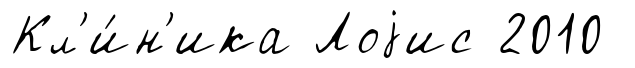
Кл'и́н'ика Лоjис 2010